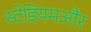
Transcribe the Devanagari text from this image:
स्टेडियमऔर